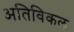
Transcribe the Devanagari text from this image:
अतिविकल